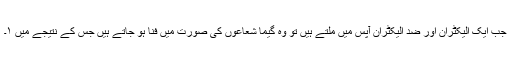
جب ایک الیکٹران اور ضد الیکٹران آپس میں ملتے ہیں تو وہ گیما شعاعوں کی صورت میں فنا ہو جاتے ہیں جس کے نتیجے میں ١۔